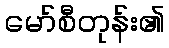
မော်စီတုန်း၏